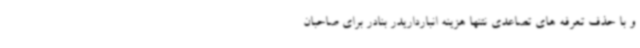
و با حذف تعرفه های تصاعدی نتنها هزینه انبارداریدر بنادر برای صاحبان